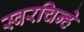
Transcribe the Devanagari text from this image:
स्वरचिन्हे